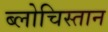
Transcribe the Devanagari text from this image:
ब्लोचिस्तान